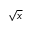
\sqrt { x }